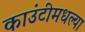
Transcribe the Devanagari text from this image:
काउंटीमधल्या